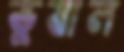
ভুষাল